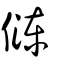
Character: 𠍀